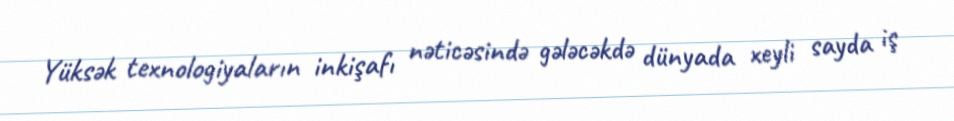
Yüksək texnologiyaların inkişafı nəticəsində gələcəkdə dünyada xeyli sayda iş